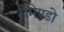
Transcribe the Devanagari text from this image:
रीमेण्डो